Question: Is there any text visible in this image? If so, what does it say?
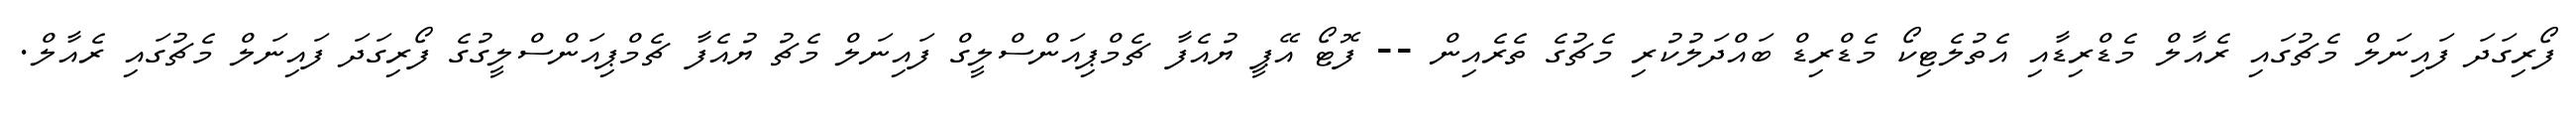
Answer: ފޯރިގަދަ ފައިނަލް މެޗުގައި ރެއާލް މެޑްރިޑާއި އެތުލެޓިކޯ މެޑްރިޑް ބައްދަލުކުރި މެޗުގެ ތެރެއިން -- ފޮޓޯ އޭޕީ ޔުއެފާ ޗެމްޕިއަންސްލީގް ފައިނަލް މެޗު ޔުއެފާ ޗެމްޕިއަންސްލީގުގެ ފޯރިގަދަ ފައިނަލް މެޗުގައި ރެއާލް.